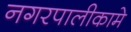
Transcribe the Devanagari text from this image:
नगरपालीकामे